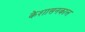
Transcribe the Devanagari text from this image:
केशासनकाल